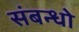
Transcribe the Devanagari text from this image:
संबन्धो